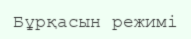
Бұрқасын режимі